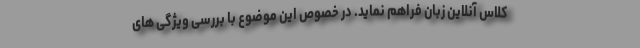
کلاس آنلاین زبان فراهم نماید. در خصوص این موضوع با بررسی ویژگی های